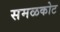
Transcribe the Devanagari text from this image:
समळकोट